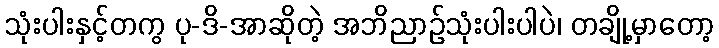
သုံးပါးနှင့်တကွ ပု-ဒိ-အာဆိုတဲ့ အဘိညာဉ်သုံးပါးပါပဲ၊ တချို့မှာတော့